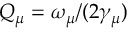
Q _ { \mu } = \omega _ { \mu } / ( 2 \gamma _ { \mu } )